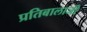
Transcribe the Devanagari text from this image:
प्रतिबालाजी